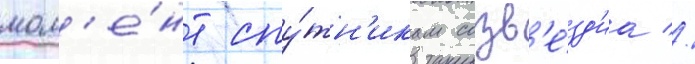
мом'е́нт спу́тн'икам созв'е́зд'иа //